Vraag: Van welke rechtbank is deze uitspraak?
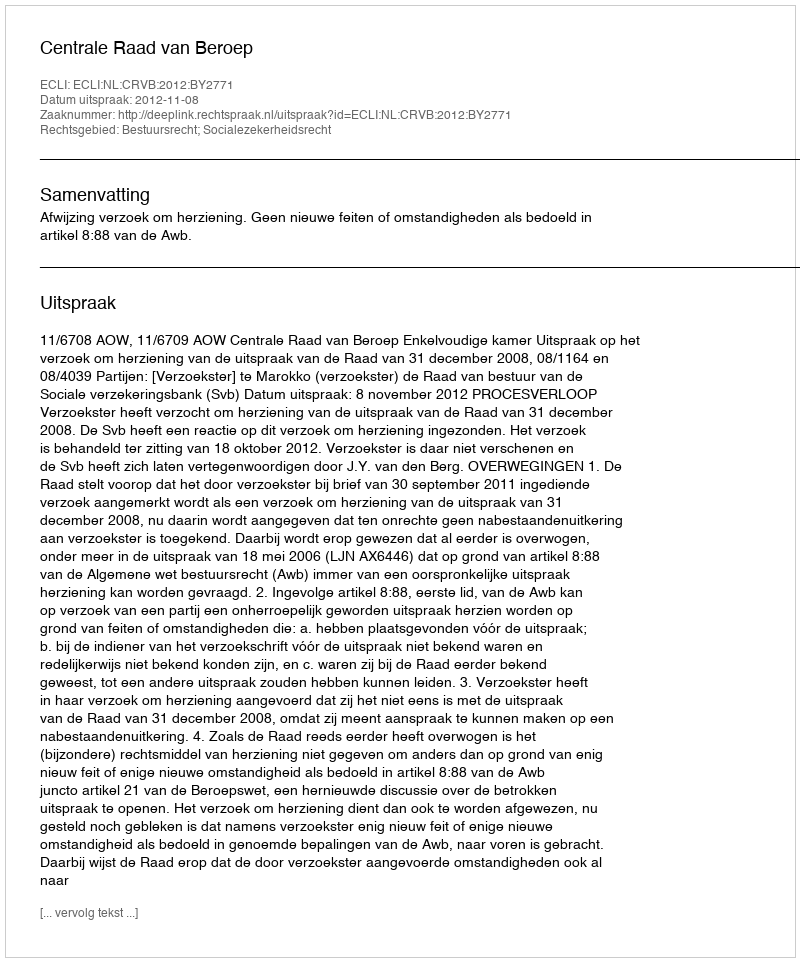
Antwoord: Centrale Raad van Beroep